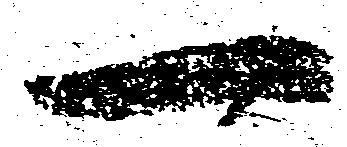
一